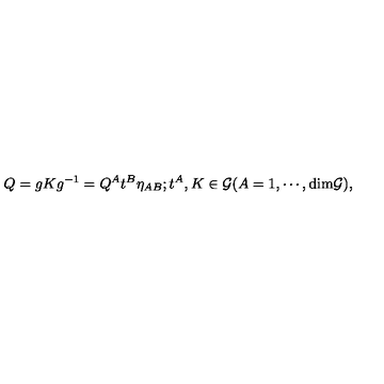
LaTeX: Q = g K g ^ { - 1 } = Q ^ { A } t ^ { B } \eta _ { A B } ; t ^ { A } , K \in { \cal G } ( A = 1 , \cdots , \mathrm { d i m } { \cal G } ) ,